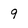
Character: 9